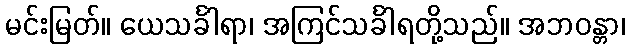
မင်းမြတ်။ ယေသင်္ခါရာ၊ အကြင်သင်္ခါရတို့သည်။ အဘဝန္တာ၊